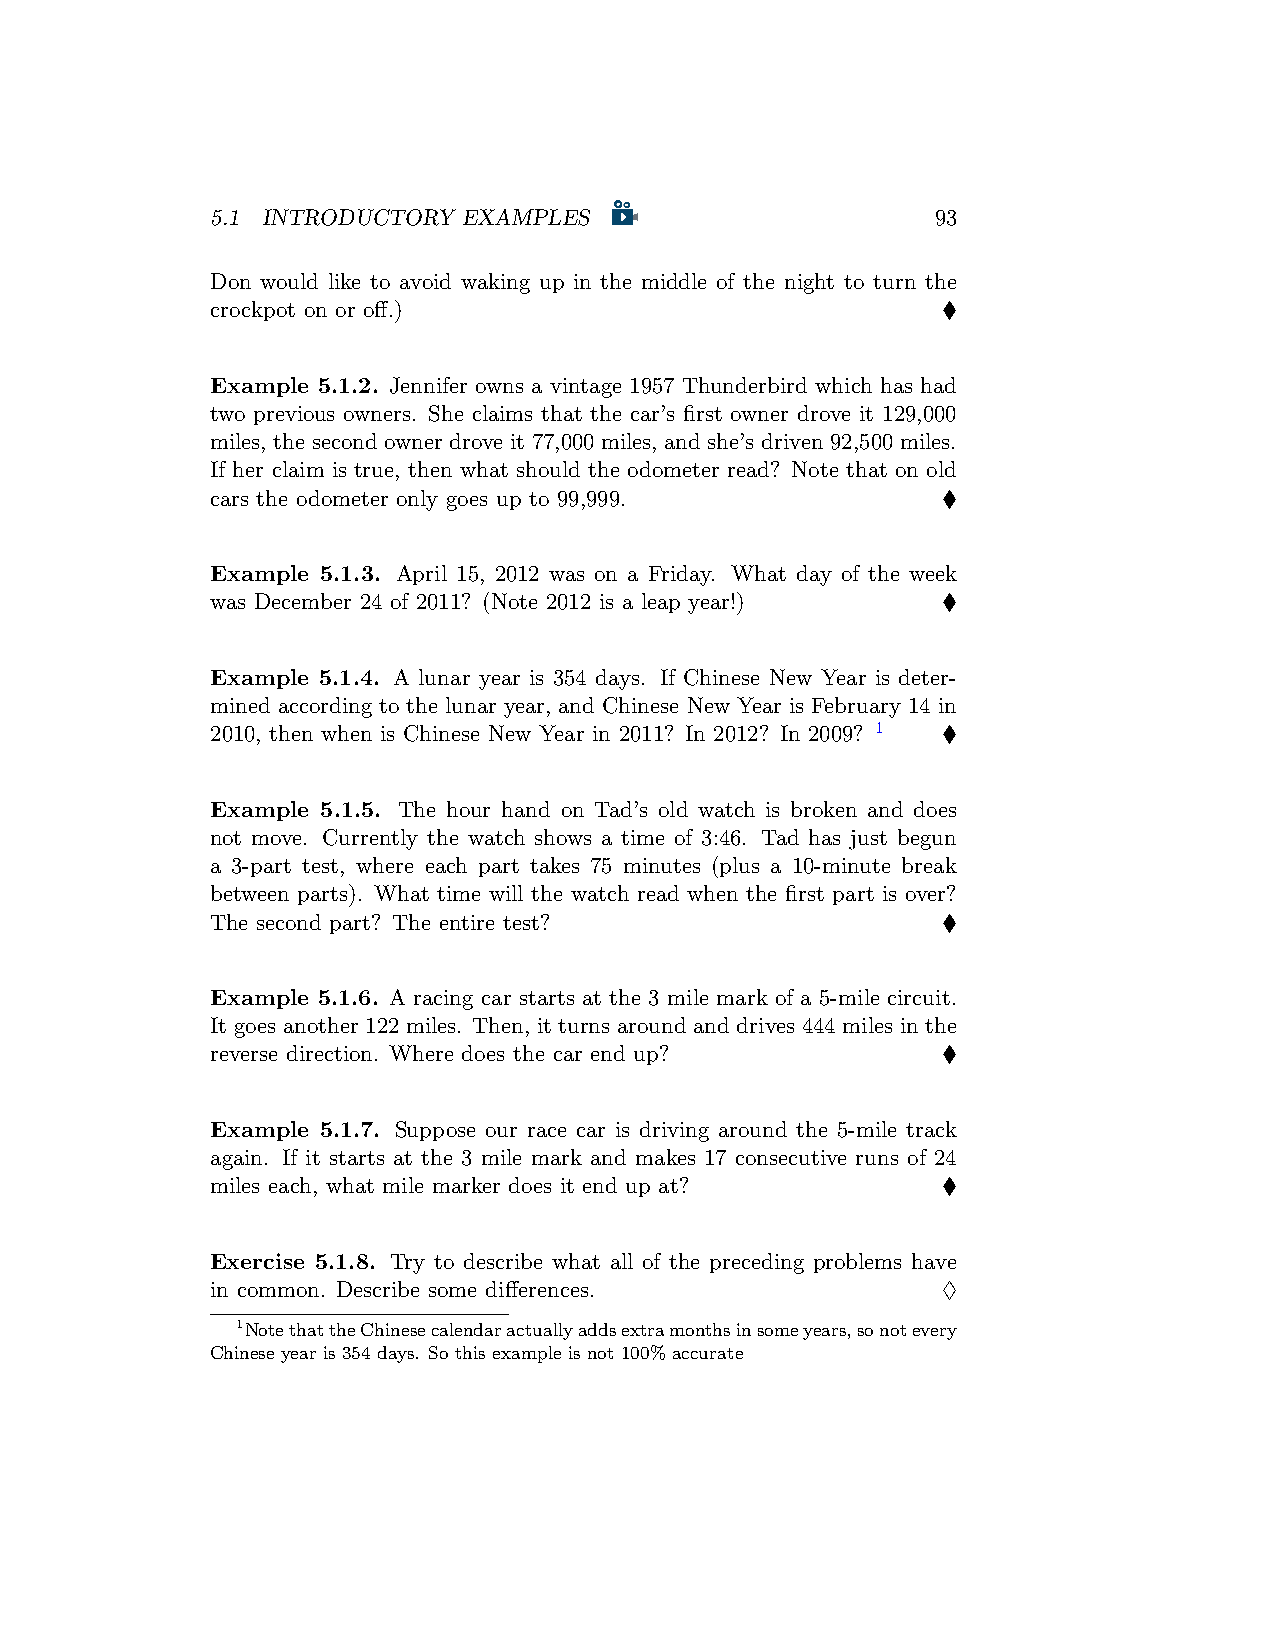
5.1 INTRODUCTORY EXAMPLES                       93
 Don would like to avoid waking up in the middle of the night to turn the
 crockpot on or off.)                            ♦
 Example 5.1.2. Jennifer owns a vintage 1957 Thunderbird which has had
 two previous owners. She claims that the car’s first owner drove it 129,000
 miles, the second owner drove it 77,000 miles, and she’s driven 92,500 miles.
 If her claim is true, then what should the odometer read? Note that on old
 cars the odometer only goes up to 99,999.       ♦
 Example 5.1.3. April 15, 2012 was on a Friday. What day of the week
 was December 24 of 2011? (Note 2012 is a leap year!) ♦
 Example 5.1.4. A lunar year is 354 days. If Chinese New Year is deter-
 mined according to the lunar year, and Chinese New Year is February 14 in
 2010, then when is Chinese New Year in 2011? In 2012? In 2009? 1 ♦
 Example 5.1.5. The hour hand on Tad’s old watch is broken and does
 not move. Currently the watch shows a time of 3:46. Tad has just begun
 a 3-part test, where each part takes 75 minutes (plus a 10-minute break
 between parts). What time will the watch read when the first part is over?
 The second part? The entire test?               ♦
 Example 5.1.6. A racing car starts at the 3 mile mark of a 5-mile circuit.
 It goes another 122 miles. Then, it turns around and drives 444 miles in the
 reverse direction. Where does the car end up?   ♦
 Example 5.1.7. Suppose our race car is driving around the 5-mile track
 again. If it starts at the 3 mile mark and makes 17 consecutive runs of 24
 miles each, what mile marker does it end up at? ♦
 Exercise 5.1.8. Try to describe what all of the preceding problems have
 in common. Describe some differences.           ♢
 1NotethattheChinesecalendaractuallyaddsextramonthsinsomeyears,sonotevery
 Chinese year is 354 days. So this example is not 100% accurate